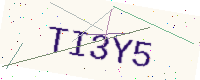
Text: TI3Y5